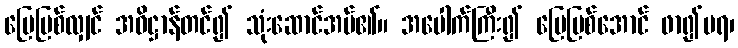
ပြေပြစ်လျှင် အဓိဋ္ဌာန်တင်၍ သုံးဆောင်အပ်၏။ အပေါက်ကြီး၍ ပြေပြစ်အောင် ဖာ၍မရ၊